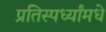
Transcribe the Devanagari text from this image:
प्रतिस्पर्ध्यांमधे